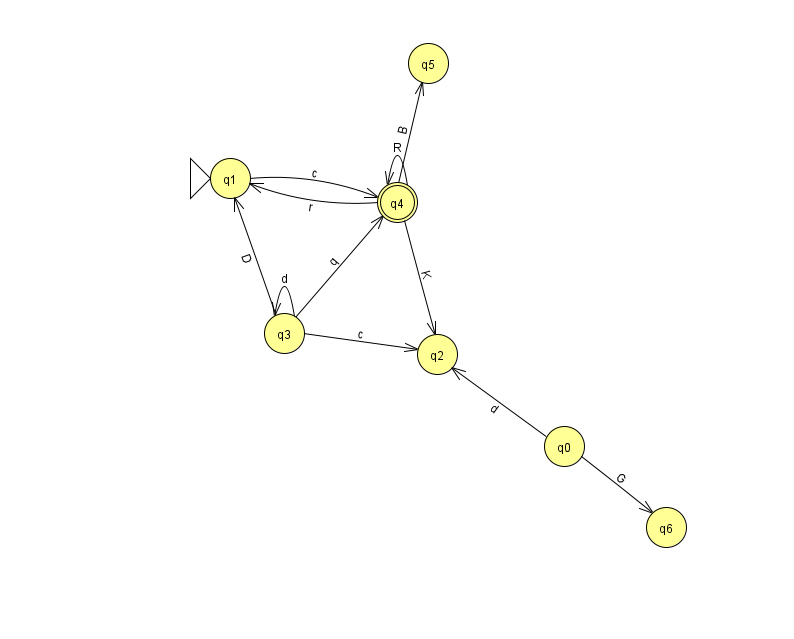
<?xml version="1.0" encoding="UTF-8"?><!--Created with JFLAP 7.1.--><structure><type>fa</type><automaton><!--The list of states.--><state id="0" name="q0"><x>564.0</x><y>433.0</y></state><state id="1" name="q1"><x>230.0</x><y>165.0</y><initial/></state><state id="2" name="q2"><x>437.0</x><y>341.0</y></state><state id="3" name="q3"><x>284.0</x><y>320.0</y></state><state id="4" name="q4"><x>397.0</x><y>189.0</y><final/></state><state id="5" name="q5"><x>428.0</x><y>50.0</y></state><state id="6" name="q6"><x>666.0</x><y>514.0</y></state><!--The list of transitions.--><transition><from>0</from><to>6</to><read>G</read></transition><transition><from>1</from><to>4</to><read>c</read></transition><transition><from>3</from><to>1</to><read>D</read></transition><transition><from>4</from><to>4</to><read>R</read></transition><transition><from>4</from><to>1</to><read>r</read></transition><transition><from>4</from><to>5</to><read>B</read></transition><transition><from>0</from><to>2</to><read>d</read></transition><transition><from>3</from><to>3</to><read>d</read></transition><transition><from>4</from><to>2</to><read>K</read></transition><transition><from>3</from><to>4</to><read>q</read></transition><transition><from>3</from><to>2</to><read>c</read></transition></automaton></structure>